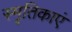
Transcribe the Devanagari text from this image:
स्मृतिकाएं